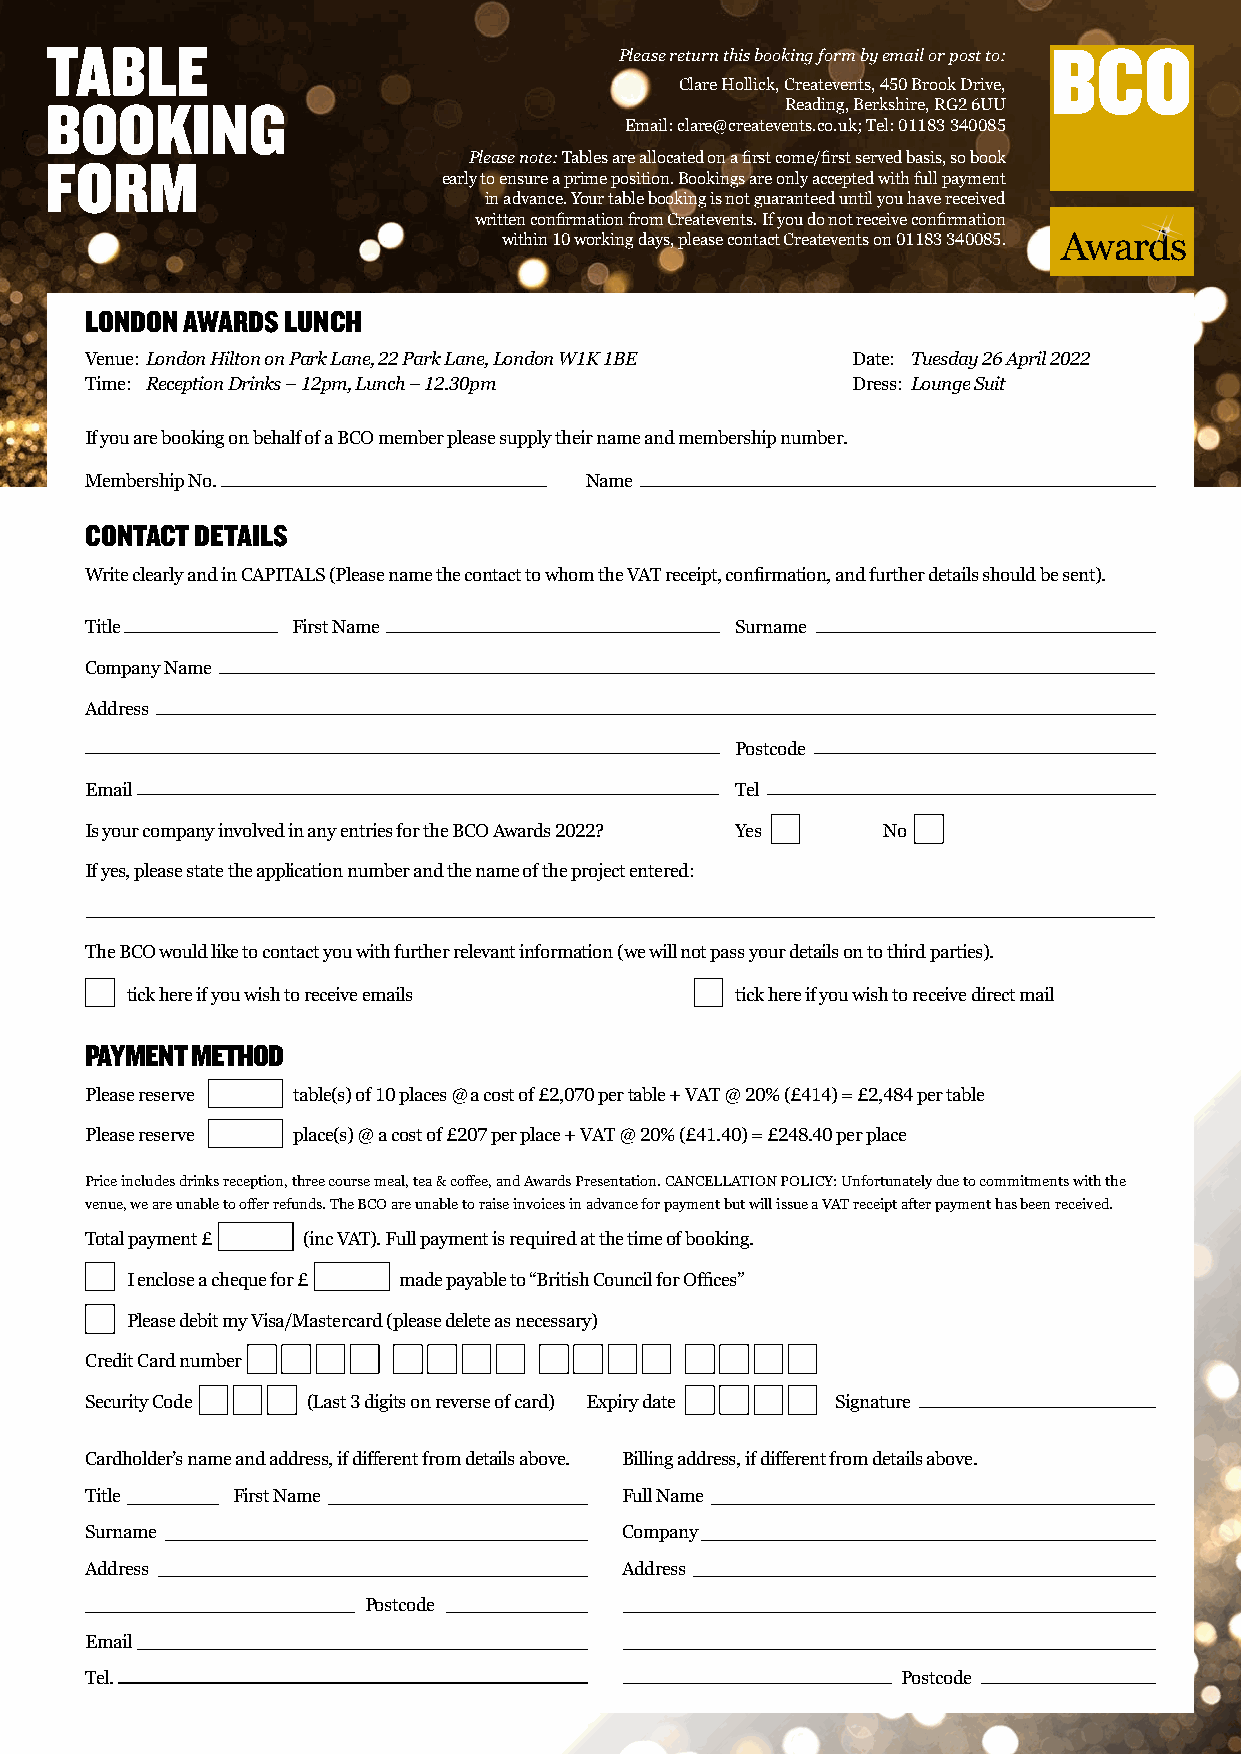
Awards
 TABLE
 Please return this booking form by email or post to:
 Clare Hollick, Createvents, 450 Brook Drive,
 BOOKING                                          Reading, Berkshire, RG2 6UU
 Email: clare@createvents.co.uk; Tel: 01183 340085
 Please note: Tables are allocated on a first come/first served basis, so book
 FORM
 early to ensure a prime position. Bookings are only accepted with full payment
 in advance. Your table booking is not guaranteed until you have received
 written confirmation from Createvents. If you do not receive confirmation Awards
 within 10 working days, please contact Createvents on 01183 340085. Awards
 LONDON AWARDS LUNCH
 Venue: London Hilton on Park Lane, 22 Park Lane, London W1K 1BE Date: Tuesday 26 April 2022
 Time: Reception Drinks – 12pm, Lunch – 12.30pm    Dress: Lounge Suit
 If you are booking on behalf of a BCO member please supply their name and membership number.
 Awards
 Membership No.                   Name
 CONTACT DETAILS
 Write clearly and in CAPITALS (Please name the contact to whom the VAT receipt, confirmation, and further details should be sent).
 Title        First Name                    Surname
 Company Name
 Address
 Postcode
 Email                                      Tel
 Is your company involved in any entries for the BCO Awards 2022? Yes No
 If yes, please state the application number and the name of the project entered:
 The BCO would like to contact you with further relevant information (we will not pass your details on to third parties).
 tick here if you wish to receive emails  tick here if you wish to receive direct mail
 PAYMENT METHOD
 Please reserve table(s) of 10 places @ a cost of £2,070 per table + VAT @ 20% (£414) = £2,484 per table
 Please reserve place(s) @ a cost of £207 per place + VAT @ 20% (£41.40) = £248.40 per place
 Price includes drinks reception, three course meal, tea & coffee, and Awards Presentation. CANCELLATION POLICY: Unfortunately due to commitments with the
 venue, we are unable to offer refunds. The BCO are unable to raise invoices in advance for payment but will issue a VAT receipt after payment has been received.
 Total payment £ (inc VAT). Full payment is required at the time of booking.
 I enclose a cheque for £ made payable to “British Council for Offices”
 Please debit my Visa/Mastercard (please delete as necessary)
 Credit Card number
 Security Code (Last 3 digits on reverse of card) Expiry date Signature
 Cardholder’s name and address, if different from details above. Billing address, if different from details above.
 Title    First Name                Full Name
 Surname                            Company
 Address                            Address
 Postcode
 Email
 Tel.                                                  Postcode